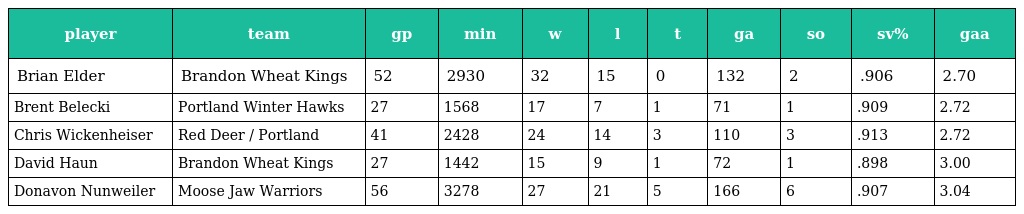
| player | team | gp | min | w | l | t | ga | so | sv% | gaa |
 | --- | --- | --- | --- | --- | --- | --- | --- | --- | --- | --- |
 | Brian Elder | Brandon Wheat Kings | 52 | 2930 | 32 | 15 | 0 | 132 | 2 | .906 | 2.70 |
 | Brent Belecki | Portland Winter Hawks | 27 | 1568 | 17 | 7 | 1 | 71 | 1 | .909 | 2.72 |
 | Chris Wickenheiser | Red Deer / Portland | 41 | 2428 | 24 | 14 | 3 | 110 | 3 | .913 | 2.72 |
 | David Haun | Brandon Wheat Kings | 27 | 1442 | 15 | 9 | 1 | 72 | 1 | .898 | 3.00 |
 | Donavon Nunweiler | Moose Jaw Warriors | 56 | 3278 | 27 | 21 | 5 | 166 | 6 | .907 | 3.04 |